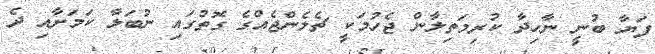
ފަޔާ ބުނީ ނާހިދާ ކުރިމަތިލާން ޖެހުމަކީ ޗެލެންޖެއްގެ ގޮތުގައި ނުބަލާ ކަމަށާއި ދެ